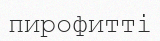
пирофитті